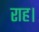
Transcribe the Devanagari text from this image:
राह।